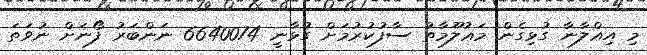
މި އިޢްލާނާ ގުޅިގެން މަޢުލޫމާތު ސާފުކުރުމަށް ގުޅާނީ 6640074 ނަންބަރު ފޯނަށް ނުވަތަ